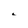
Character: a